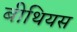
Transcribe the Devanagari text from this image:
बीथियस